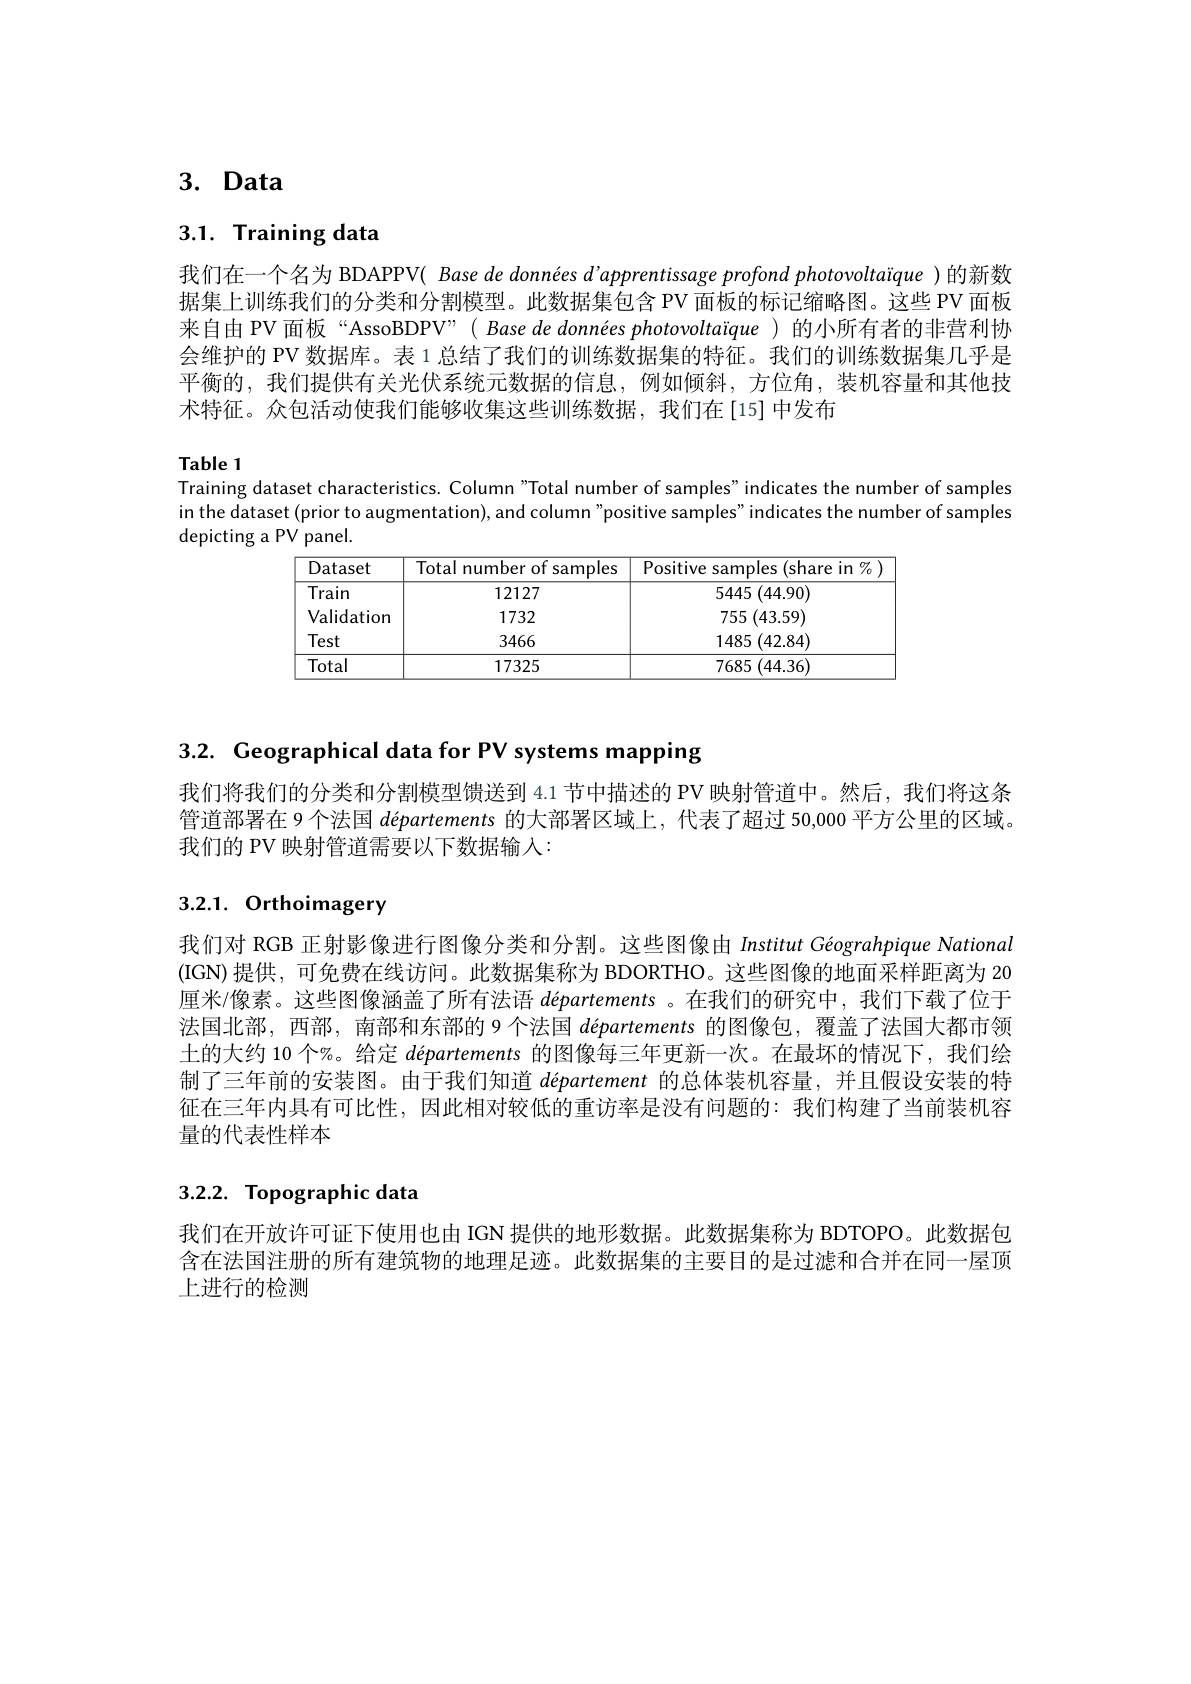
# $3. \textbf{ Data}$

# 3.1. Training data

我们在一个名为 BDAPPV( Base de données d'apprentissage profond photovoltaïque )的新数据集上训练我们的分类和分割模型。此数据集包含 PV 面板的标记缩略图。这些 PV 面板来自由 PV 面板“AssoBDPV”( Base de données photovoltaïque )的小所有者的非营利协会维护的 PV 数据库。表 1 总结了我们的训练数据集的特征。我们的训练数据集几乎是平衡的，我们提供有关光伏系统元数据的信息，例如倾斜，方位角，装机容量和其他技术特征。众包活动使我们能够收集这些训练数据，我们在[15]中发布

Table 1

Training dataset characteristics. Column"Total number of samples"indicates the number of samples in the dataset (prior to augmentation), and column"positive samples" indicates the number of samples depicting a PV panel.

<table>
	<tbody>
		<tr>
			<th>Dataset</th>
			<th>Total number of samples</th>
			<th>Positive samples (share in $\%$</th>
		</tr>
		<tr>
			<td>Train</td>
			<td>12127</td>
			<td>$5445\left(44.90\right)$</td>
		</tr>
		<tr>
			<td>Validation</td>
			<td>1732</td>
			<td>$755\left(43.59\right)$</td>
		</tr>
		<tr>
			<td>Test</td>
			<td>3466</td>
			<td>$1485\left(42.84\right)$</td>
		</tr>
		<tr>
			<td>Total</td>
			<td>17325</td>
			<td>$7685\left(44.36\right)$</td>
		</tr>
	</tbody>
</table>

3.2. Geographical data for PV systems mapping

我们将我们的分类和分割模型馈送到 4.1 节中描述的 PV 映射管道中。然后，我们将这条管道部署在 9 个法国$d$épartements 的大部署区域上，代表了超过 50,000 平方公里的区域。我们的 PV 映射管道需要以下数据输入：

# 3.2.1. Orthoimagery

我们对 RGB 正射影像进行图像分类和分割。这些图像由 Institut Géograhpique National (IGN)提供，可免费在线访问。此数据集称为 BDORTHO。这些图像的地面采样距离为 20厘米/像素。这些图像涵盖了所有法语$d\textit{\' {e}partements 。在 我 们 的 研 究 中 , 我 们 下 载 了 位 于 }$ 法国北部，西部，南部和东部的9个法国départements的图像包，覆盖了法国大都市领土的大约 10 个%。给定 départements 的图像每三年更新一次。在最坏的情况下，我们绘制了三年前的安装图。由于我们知道département的总体装机容量，并且假设安装的特征在三年内具有可比性，因此相对较低的重访率是没有问题的：我们构建了当前装机容量的代表性样本

# 3.2.2. Topographic data

我们在开放许可证下使用也由 IGN 提供的地形数据。此数据集称为 BDTOPO。此数据包含在法国注册的所有建筑物的地理足迹。此数据集的主要目的是过滤和合并在同一屋顶上进行的检测